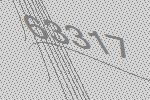
63317